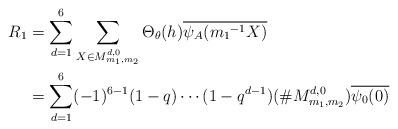
LaTeX: \begin{align*} R_1&=\sum_{d=1}^{6}\sum_{ X \in M_{m_{1},m_{2}}^{ d,0}}\Theta_{\theta}(h)\overline{\psi_A({m_1}^{-1}X)}\\&= \sum_{d=1}^{6}(-1)^{6-1}(1-q) \cdots (1-q^{d-1})(\# M_{m_{1},m_{2}}^{ d,0})\overline{\psi_0(0)} \end{align*}